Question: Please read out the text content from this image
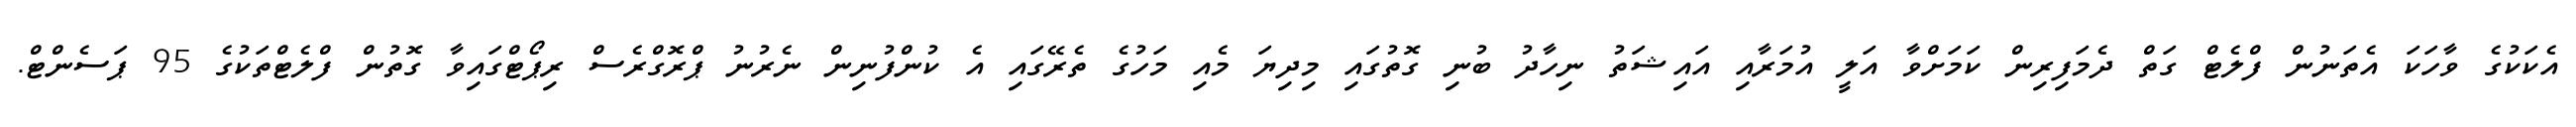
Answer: އެކަކުގެ ވާހަކަ އެތަނުން ފްލެޓް ގަތް ދެމަފިރިން ކަމަށްވާ އަލީ އުމަރާއި އައިޝަތު ނިހާދު ބުނި ގޮތުގައި މިދިޔަ މެއި މަހުގެ ތެރޭގައި އެ ކުންފުނިން ނެރުނު ޕްރޮގްރެސް ރިޕޯޓްގައިވާ ގޮތުން ފްލެޓްތަކުގެ 95 ޕަސެންޓް.